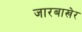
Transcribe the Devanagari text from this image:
जारबाखेर